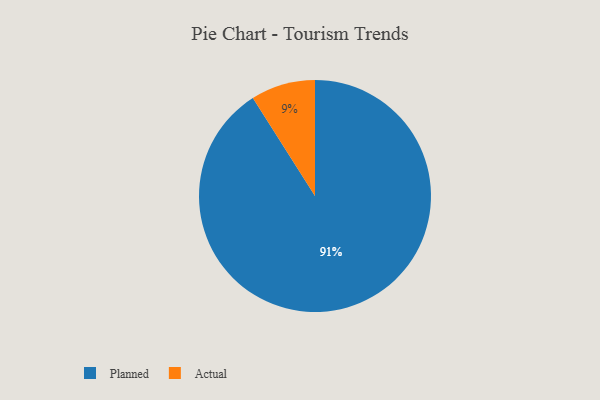
{"axis": {"x": "Category", "y": "Percentage"}, "legend": ["Actual", "Planned"], "data": [{"x": "Planned", "y": 91, "type": "Planned"}, {"x": "Actual", "y": 9, "type": "Actual"}]}